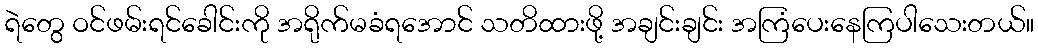
ရဲတွေ ဝင်ဖမ်းရင်ခေါင်းကို အရိုက်မခံရအောင် သတိထားဖို့ အချင်းချင်း အကြံပေးနေကြပါသေးတယ်။